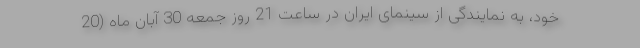
خود، به نمایندگی از سینمای ایران در ساعت 21 روز جمعه 30 آبان ماه (20